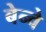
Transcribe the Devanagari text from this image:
बेन्वे